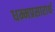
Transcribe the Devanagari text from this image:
धम्मप्रसारार्थ